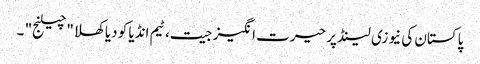
پاکستان کی نیوزی لینڈ پر حیرت انگیز جیت، ٹیم انڈیا کو دیا کھلا "چیلنج" ۔